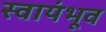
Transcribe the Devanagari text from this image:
स्वायंभूव